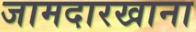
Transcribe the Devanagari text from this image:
जामदारखाना